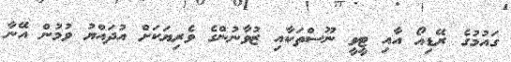
ގައުމުގެ ރޭޑިއޯ އާއި ޓީވީ ނޫސްތަކާއި ޒުވާނުންގެ ވެރިޔަކަށް އުދައްޔު ވުމުން އޭނާ